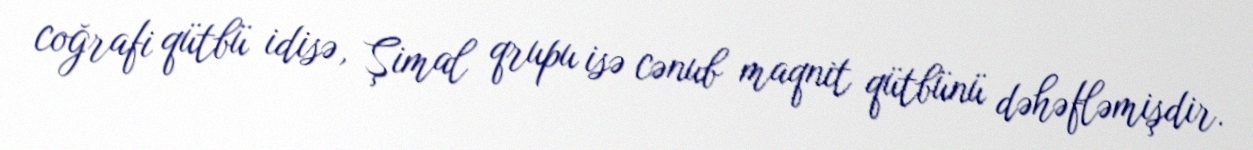
coğrafi qütbü idisə, Şimal qrupu isə cənub maqnit qütbünü dəhəfləmişdir.